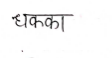
मजकूर: धक्का